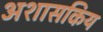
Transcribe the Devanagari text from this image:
अशासकिय